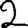
Digit: 2